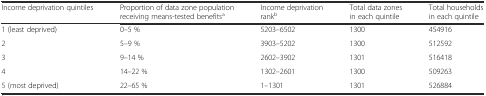
| Income deprivation quintiles | Proportion of data zone population receiving means-tested benefitsa | Income deprivation rankb | Total data zones in each quintile | Total households in each quintile |
 | --- | --- | --- | --- | --- |
 | 1 (least deprived) | 0–5 % | 5203–6502 | 1300 | 454916 |
 | 2 | 5–9 % | 3903–5202 | 1300 | 512592 |
 | 3 | 9–14 % | 2602–3902 | 1301 | 516418 |
 | 4 | 14–22 % | 1302–2601 | 1300 | 509263 |
 | 5 (most deprived) | 22–65 % | 1–1301 | 1301 | 526884 |